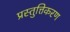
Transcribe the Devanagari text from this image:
प्रस्तुत्तिकरण